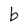
Character: b